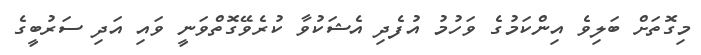
މިގޮތަށް ބަލިވެ އިންކަމުގެ ވަހުމު އުފެދި އެޝަކުވާ ކުރެވޭގޮތްވަނީ ވައި އަދި ސަރުބީގެ